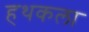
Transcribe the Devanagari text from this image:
हथकला